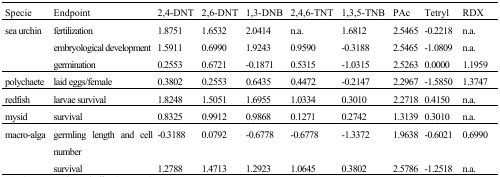
| Specie | Endpoint | 2,4-DNT | 2,6-DNT | 1,3-DNB | 2,4,6-TNT | 1,3,5-TNB | PAc | Tetryl | RDX |
 | --- | --- | --- | --- | --- | --- | --- | --- | --- | --- |
 | sea urchin | fertilization | 1.8751 | 1.6532 | 2.0414 | n.a. | 1.6812 | 2.5465 | −0.2218 | n.a. |
 |  | embryological development | 1.5911 | 0.6990 | 1.9243 | 0.9590 | −0.3188 | 2.5465 | −1.0809 | n.a. |
 |  | germination | 0.2553 | 0.6721 | −0.1871 | 0.5315 | −1.0315 | 2.5263 | 0.0000 | 1.1959 |
 | polychaete | laid eggs/female | 0.3802 | 0.2553 | 0.6435 | 0.4472 | −0.2147 | 2.2967 | −1.5850 | 1.3747 |
 | redfish | larvae survival | 1.8248 | 1.5051 | 1.6955 | 1.0334 | 0.3010 | 2.2718 | 0.4150 | n.a. |
 | mysid | survival | 0.8325 | 0.9912 | 0.9868 | 0.1271 | 0.2742 | 1.3139 | 0.3010 | n.a. |
 | macro-alga | germling length and number | cell −0.3188 | 0.0792 | −0.6778 | −0.6778 | −1.3372 | 1.9638 | −0.6021 | 0.6990 |
 |  | survival | 1.2788 | 1.4713 | 1.2923 | 1.0645 | 0.3802 | 2.5786 | −1.2518 | n.a. |